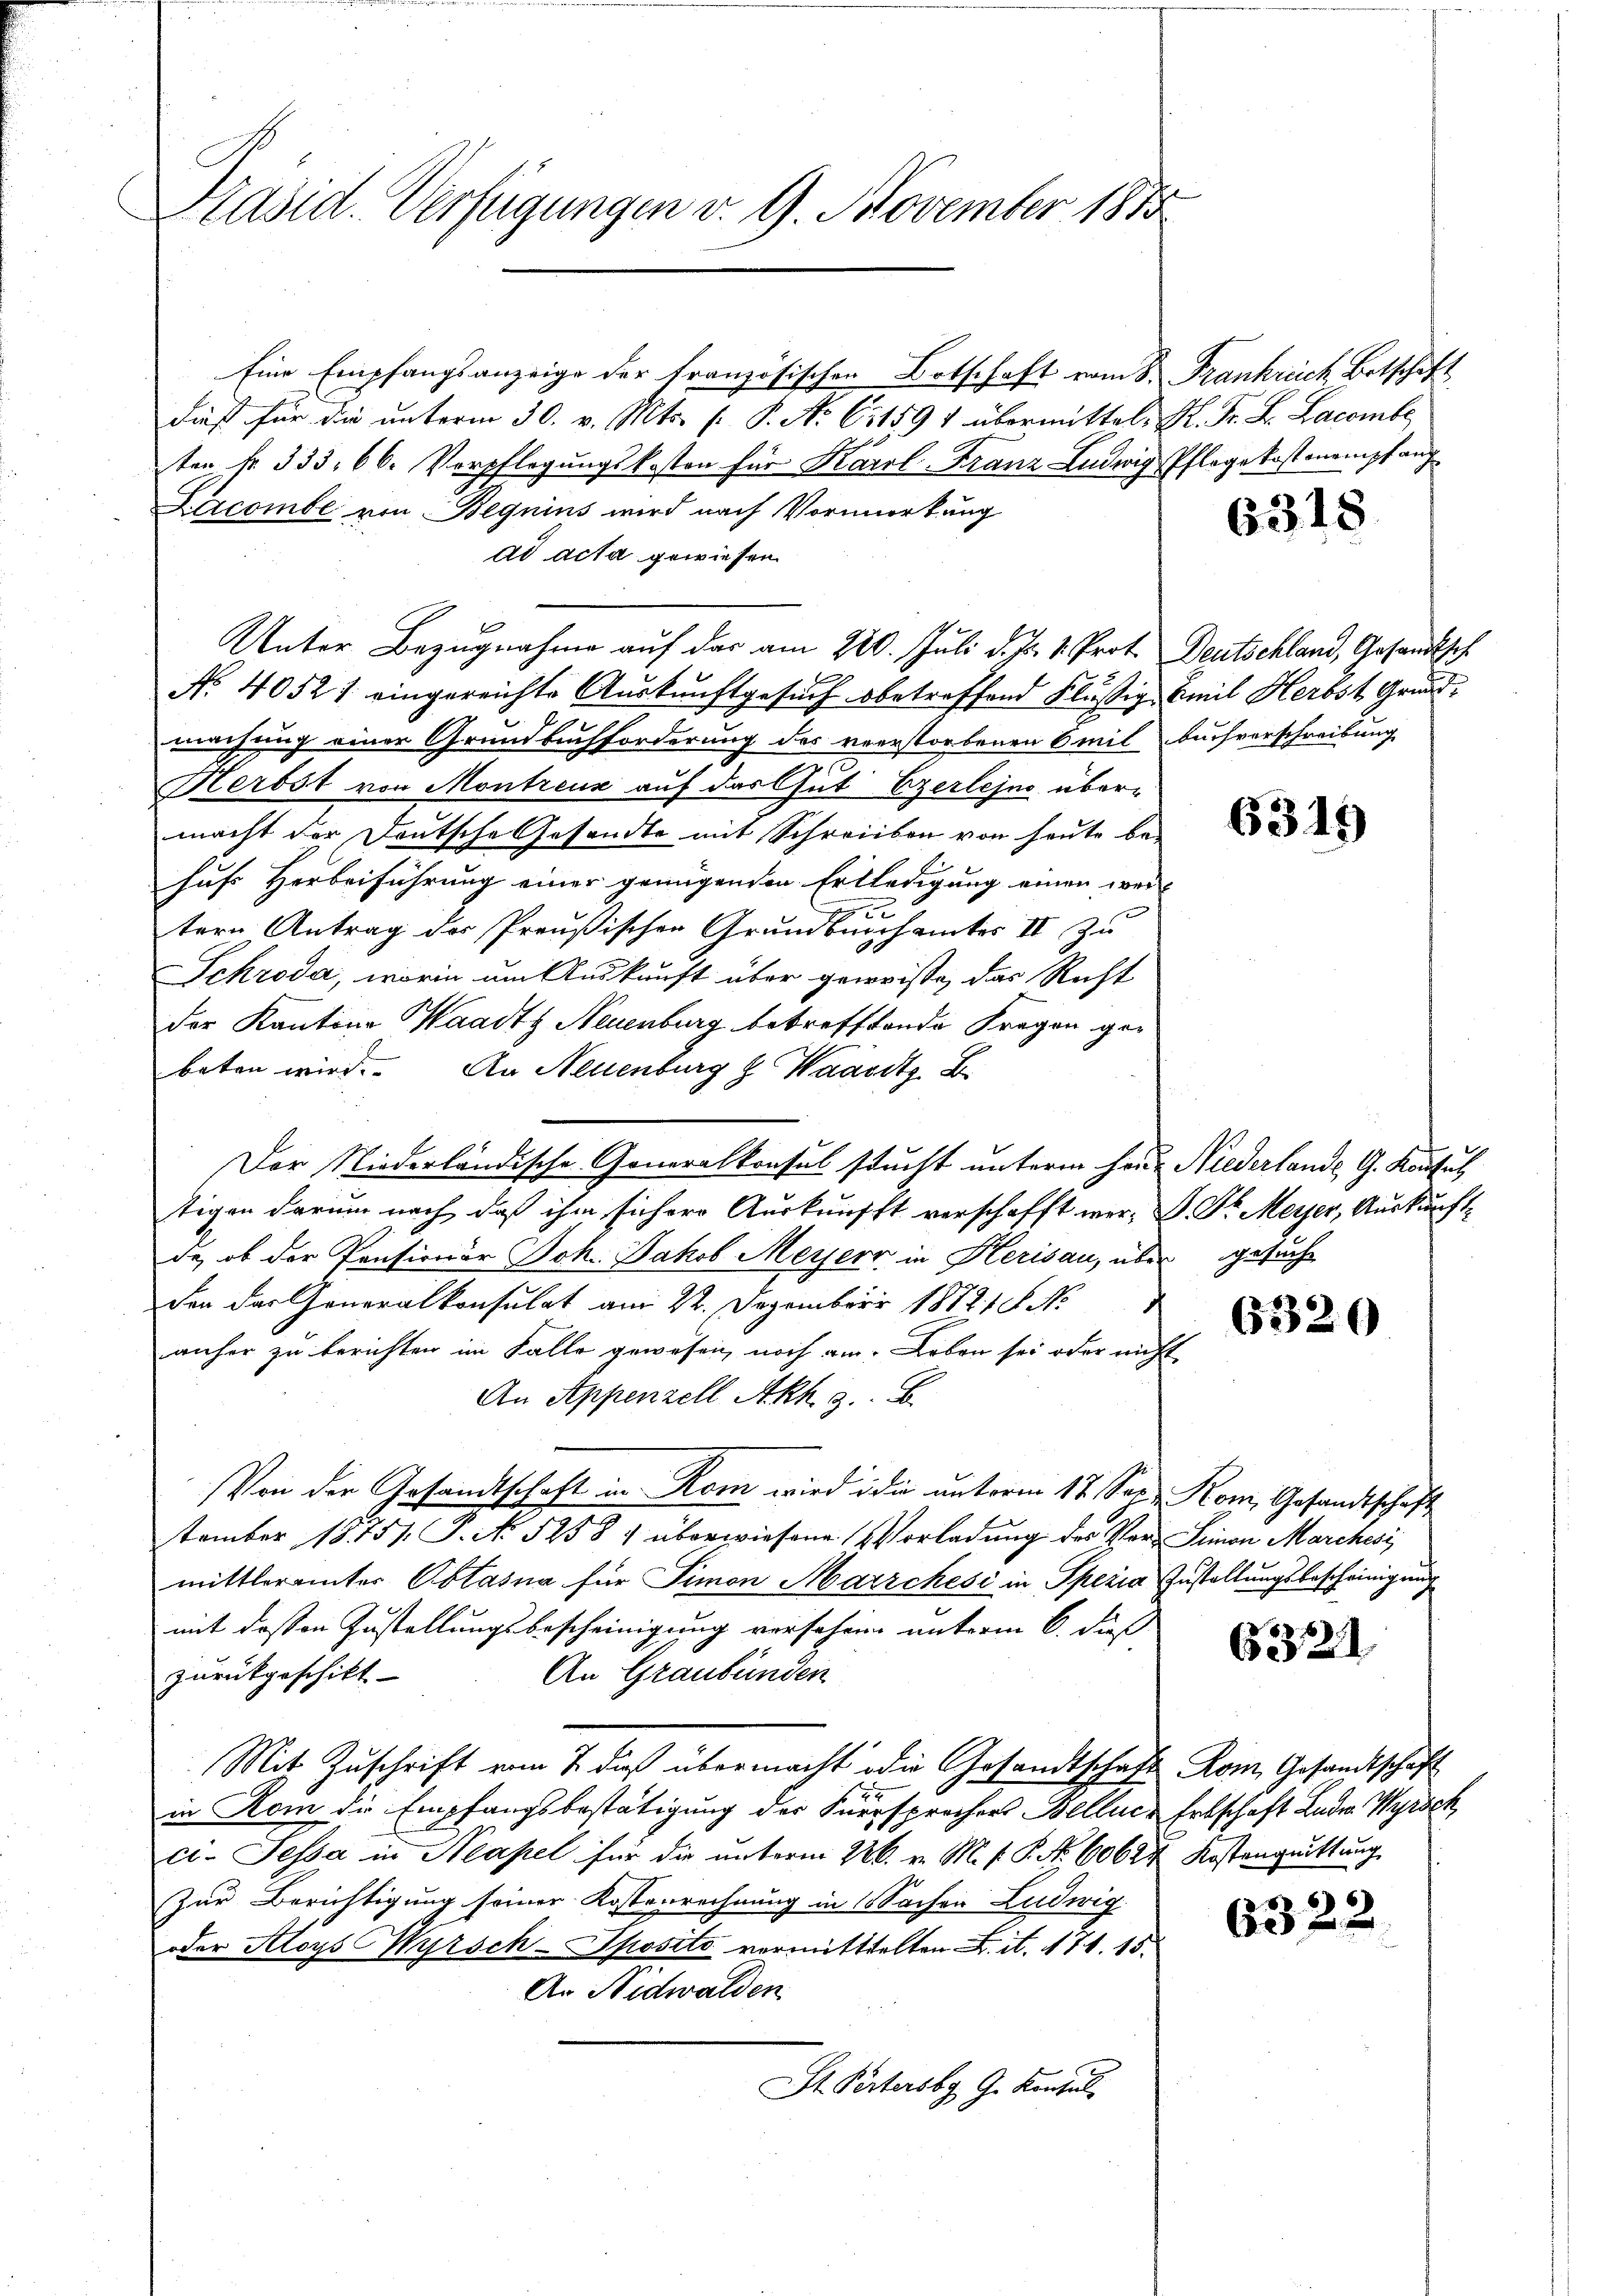
Präsid. Verfügungen v. 9. November 1875

Eine Empfangsanzeige der französischen Botschaft vom
dieß für die unterm 30. v. Mts. f. P. No. 611591 übermittel-
ten fr. 333. 66. Vorpflegungskosten für Karl-Franz Ludwig
Lacombe von Beguins wird nach Vormerkung
ad acta gewiesen.
Unter Bezugnahme auf das am 220. Juli d. Js. v. Prot.
No. 4052 1 eingereichte Auskunftgesuch obetreffend Flüßig
machung einer Grundbuchforderung des verstorbenen 6 mil
Herbst von Montreux auf das Gut Ezerlejus übermacht der Deutsche Gesandte mit Schreiben von heute be-
hufs Herbeiführung einer genügenden Erledigung einen weitern Antrag des Preußischen Grundbuchamtes II zu
Schroda, worin am Auskunft über geweise, das Recht
der Kantine Waadt Neuenburg betrefftende Fragen gebeten wird. An Neuenburg & Waadt B.
Der Niederländische Generalkonsul stucht unterm hin
stigen darum nach daß ihm sicher Auskunfft verschafft werde, ob der Pensionär Joh. Jakob Merseer in Herisau, übe
den das Generalkonsulat am 22. Dezember 1872 S. No
anher zu berichten im Falle gewesen, noch am Leben sei oder ni
An Appenzell Akh. 9. B
Von der Gesandtschaft in Rom wird die unterm 17. Sep
tember 18751. P. No 5258 überwiesene Vorladung des Vermittleramter Obtasna für Simon Marrchesi in Spezia
mit dessen Zustellungsbescheinigung versehen unterm 6. dieß
An Graubünden
zurükgeschikt |
Mit Zuschrift vom 7. dieß übermacht oder Gesandtschaft
x
in Rom die Empfangsbestätigung der Fürsprochers Bellicci-Jessa in Neapel für die unterm 226. v. M. f. P. Nr. 6062
Zur Berichtigung seiner Kosterrechnung in Sachen Ludwig
oder Aloys Nyrsch-Sposito vormitttelten u. et. 171. 15.
An Nidwalden
St. Pertersbg G. Konsul

Frankreich Botschaft
H. Pr. B. Lacombe
Pflege kostenempfang

6318

Deutschland, Gesandtsch
Emil Herbst Grund-
buchverschreibung

6319

Niederlande G. Kaufsuch
D. Dr. Meyer, Auskunft
gesuche

6320

Kom, Gesandtschaft
 Simon Marchesi
Zustellungsbescheinigung

632.

632.

Kom Gesandtschaft
Erbschaft Luder Wyrsch
Kostenquittung